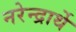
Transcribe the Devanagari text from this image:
नरेन्द्रार्थे